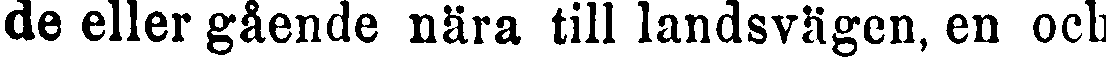
de eller gående nära till landsvägen, en och